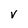
Character: V